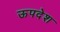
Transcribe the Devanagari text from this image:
ऊपदेश